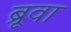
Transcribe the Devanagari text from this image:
ब्रूवा